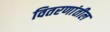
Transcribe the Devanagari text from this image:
वितरणांतील